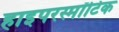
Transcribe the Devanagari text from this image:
हाइपरस्मॉटिक